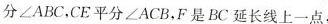
分\angle ABC，CE平分\angle ACB，F是BC延长线上一点，